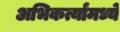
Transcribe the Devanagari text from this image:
अभिकर्त्यांमध्ये